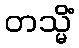
တသ္မိံ